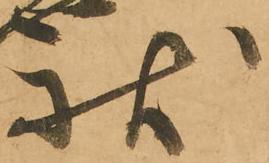
状